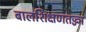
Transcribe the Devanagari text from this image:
बालशिक्षणतज्ज्ञ